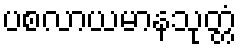
ပစလာယမာနသုတ္တံ